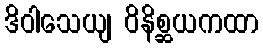
ဒိဝါသေယျ ဝိနိစ္ဆယကထာ